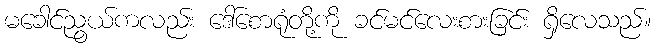
မခေါင်ညွယ်ကလည်း ဒေါ်စောရုံတို့ကို ခင်မင်လေးစားခြင်း ရှိလေသည်။